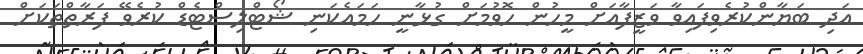
އަދި ބަޔާންކުރެވިފައިވާ ވަޒީފާއަށް މީހުން ހޮވުމަށް ގުޅާނީ ހަމައެކަނި ޝޯޓްލިސްޓެޑް ކުރެވޭ ފަރާތްތަކަށް